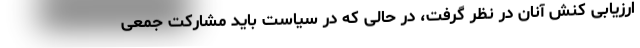
ارزیابی کنش آنان در نظر گرفت، در حالی که در سیاست باید مشارکت جمعی